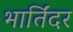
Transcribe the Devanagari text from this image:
भार्तिंदर